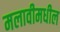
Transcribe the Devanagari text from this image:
मलावीमधील